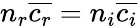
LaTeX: n_{r}\overline{{c_{r}}}=n_{i}\overline{{c_{i}}}